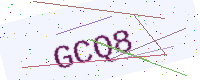
Text: GCQ8